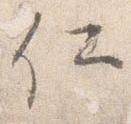
仁